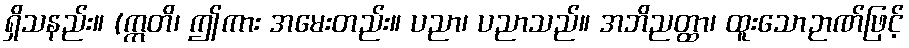
ရှိသနည်း။ (ဣတိ၊ ဤကား အမေးတည်း။ ပညာ၊ ပညာသည်။ အဘိညတ္ထာ၊ ထူးသောဉာဏ်ဖြင့်